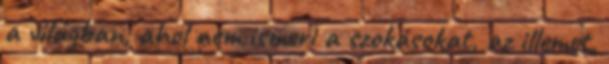
a világban, ahol nem ismeri a szokásokat, az illemet,